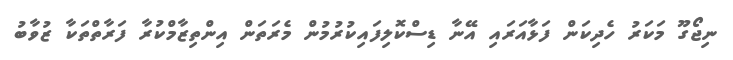
ނިޖޯގޫ މަކަރު ހެދިކަން ފަޅާއަރައި އޭނާ ޑިސްކޮލިފައިކުރުމުން މެރަތަން އިންތިޒާމްކުރާ ފަރާތްތަކާ ޒުވާބު